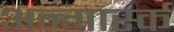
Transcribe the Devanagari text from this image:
अन्गार्स्क